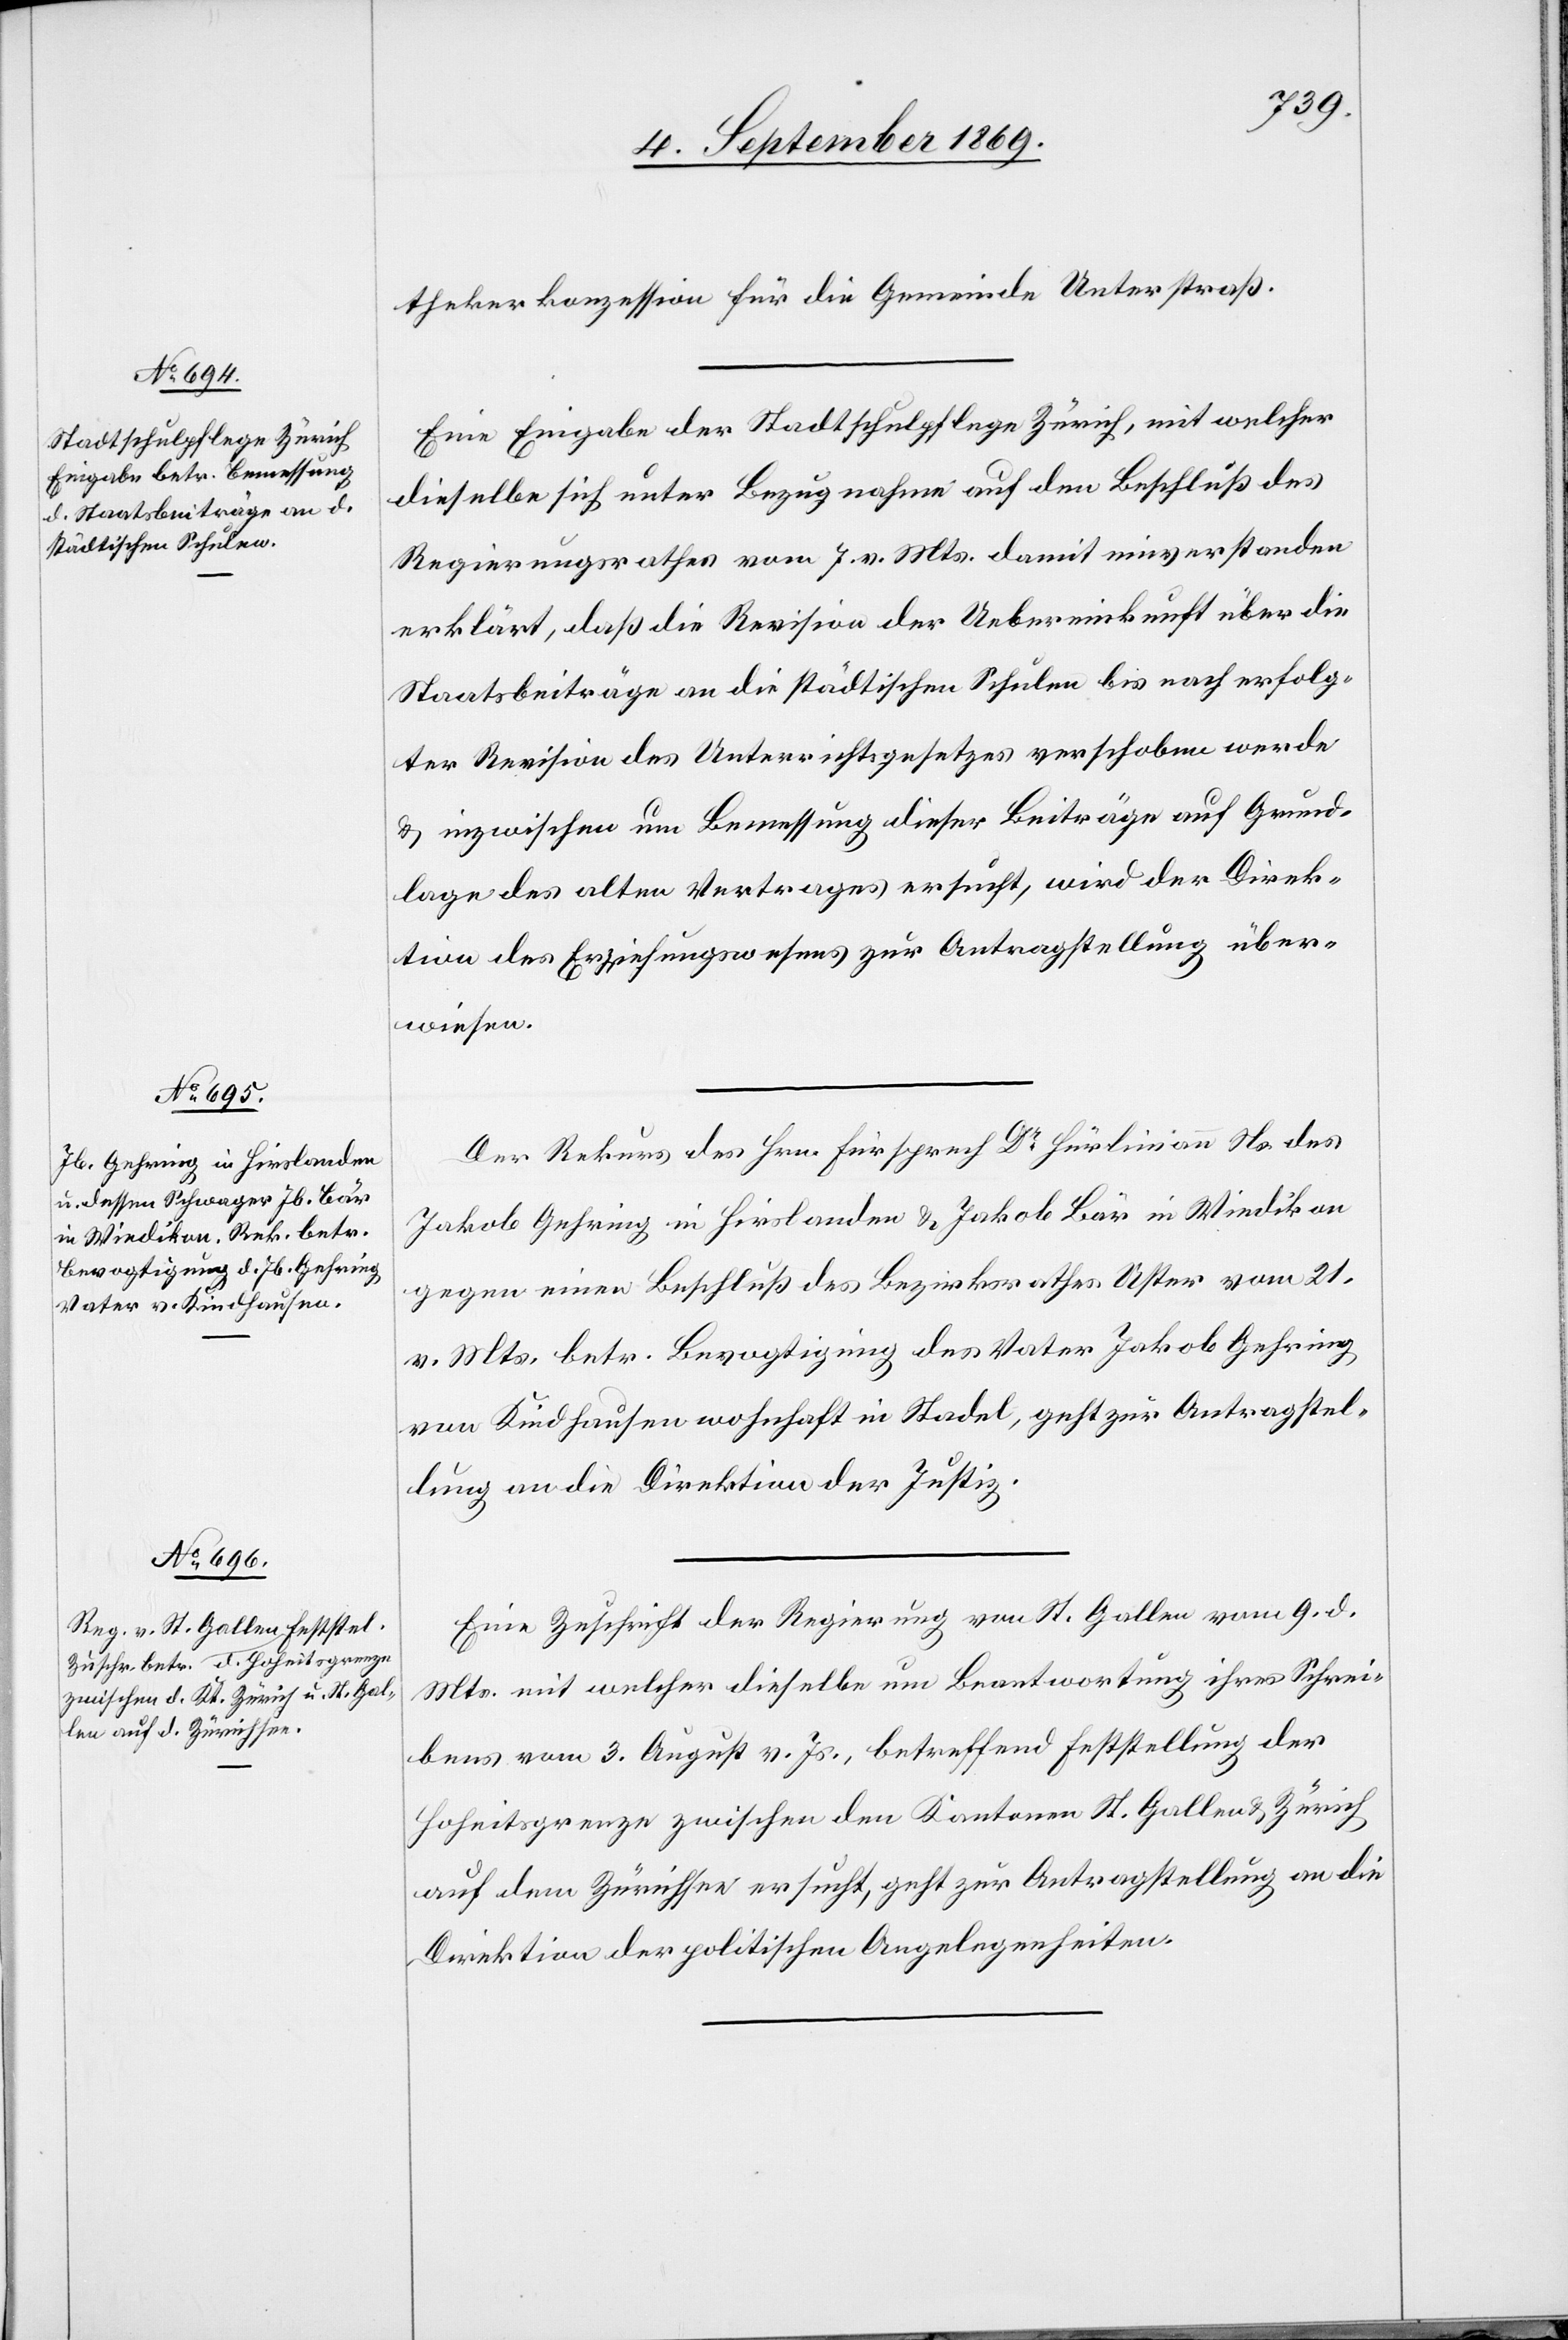
11. September 1869.]
thekerkonzession für die Gemeinde Unterstraß.
Eine Eingabe der Stadtschulpflege Zürich, mit welcher
dieselbe sich unter Bezugnahme auf den Beschluß des
Regierungsrathes vom 7. v. Mts. damit einverstanden
erklärt, daß die Revision der Uebereinkunft über die
Staatsbeiträge an die städtischen Schulen bis nach erfolg¬
ter Revision des Unterrichtsgesetzes verschoben werde
& inzwischen um Bemessung dieser Beiträge auf Grund¬
lage des alten Vertrages ersucht, wird der Direk¬
tion des Erziehungswesens zur Antragstellung über¬
wiesen.
Der Rekurs des Hrn. Fürsprech Dr Hürlimann Ns. des
Jakob Gehring in Hirslanden & Jakob Bär in Wiedikon
gegen einen Beschluß des Bezirksrathes Uster vom 21.
v. Mts. betr. Bevogtigung des Vater Jakob Gehring
von Kindhausen wohnhaft in Stadel, geht zur Antragstel¬
lung an die Direktion der Justiz.
Eine Zuschrift der Regierung von St. Gallen vom 9. d.
Mts. mit welcher dieselbe um Beantwortung ihres Schrei¬
bens vom 3. August v. Js., betreffend Feststellung der
Hoheitsgrenze zwischen den Kantonen St. Gallen & Zürich
auf dem Zürichsee ersucht, geht zur Antragstellung an die
Direktion der politischen Angelegenheiten.